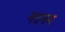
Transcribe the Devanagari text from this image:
नतनम